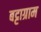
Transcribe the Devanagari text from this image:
बट्टाग्राम